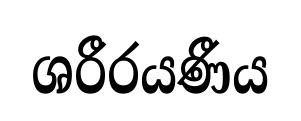
ශරීරයණීය